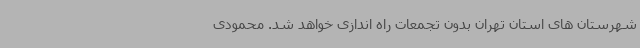
شهرستان های استان تهران بدون تجمعات راه اندازی خواهد شد. ‌محمودی‌